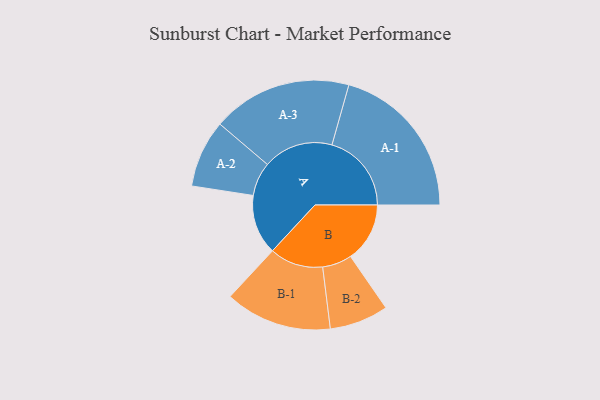
{"axis": {"x": "Segment", "y": "Value"}, "legend": ["", "A", "B"], "data": [{"x": "A", "y": 207, "type": ""}, {"x": "B", "y": 205, "type": ""}, {"x": "A-1", "y": 275, "type": "A"}, {"x": "A-2", "y": 117, "type": "A"}, {"x": "A-3", "y": 242, "type": "A"}, {"x": "B-1", "y": 185, "type": "B"}, {"x": "B-2", "y": 102, "type": "B"}]}